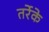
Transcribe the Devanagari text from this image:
तर्रेके